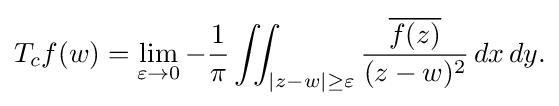
\displaystyle {T_{c}f(w)=\lim _{\varepsilon \rightarrow 0}-{1 \over \pi }\iint _{|z-w|\geq \varepsilon }{{\overline {f(z)}} \over (z-w)^{2}}\,dx\,dy.}